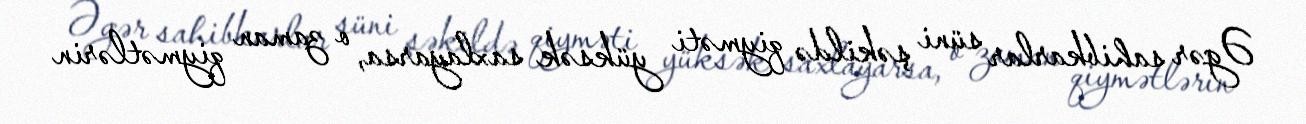
Əgər sahibkarlar süni şəkildə qiyməti yüksək saxlayarsa, o zaman qiymətlərin